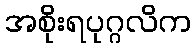
အစိုးရပုဂ္ဂလိက